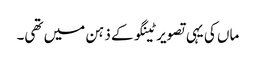
ماں کی یہی تصویر ٹینگو کے ذہن میں تھی۔